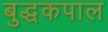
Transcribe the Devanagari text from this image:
बुद्धकपाल